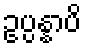
ဥပ္ပန္နာပိ